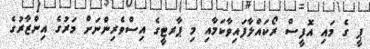
ޕީ ގެ މައި އޮފީސް ރޯކައްލާފައިވާކަމާއި މި ޕާރޓީގެ އިސްވެރިންނަށް މަރުގެ އިންޒާރުގެ